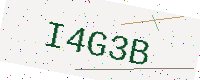
Text: I4G3B